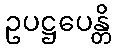
ဥပဋ္ဌပေန္တိ